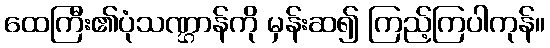
ထေကြီး၏ပုံသဏ္ဌာန်ကို မှန်းဆ၍ ကြည့်ကြပါကုန်။